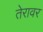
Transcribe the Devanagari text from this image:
तेरावर